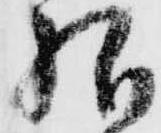
様